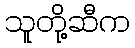
သူတို့ဆီက